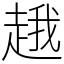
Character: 䞲